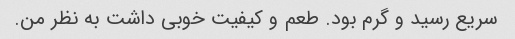
سریع رسید و گرم بود. طعم و کیفیت خوبی داشت به نظر من.